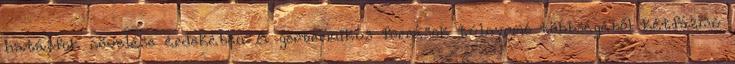
hatásfok növelése érdekében A geotermikus források túlnyomó többségéből kétfázisú